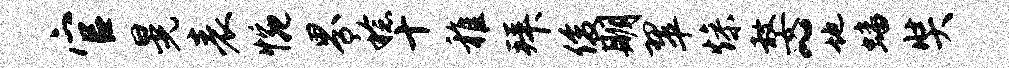
官晃表惋界稔十稚拜俊期翠燥嫠~地蟠奘